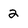
Character: 2